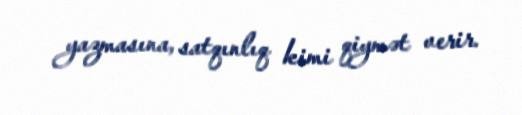
yazmasına, satqınlıq kimi qiymət verir.